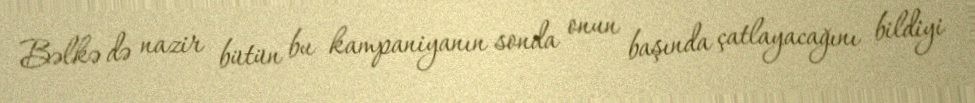
Bəlkə də nazir bütün bu kampaniyanın sonda onun başında çatlayacağını bildiyi